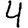
Digit: 4